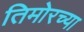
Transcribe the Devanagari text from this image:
तिमोरच्या